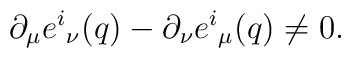
\partial _ \mu e^i{}_ \nu (q)-\partial _ \nu e^i{}_ \mu (q)\neq0.